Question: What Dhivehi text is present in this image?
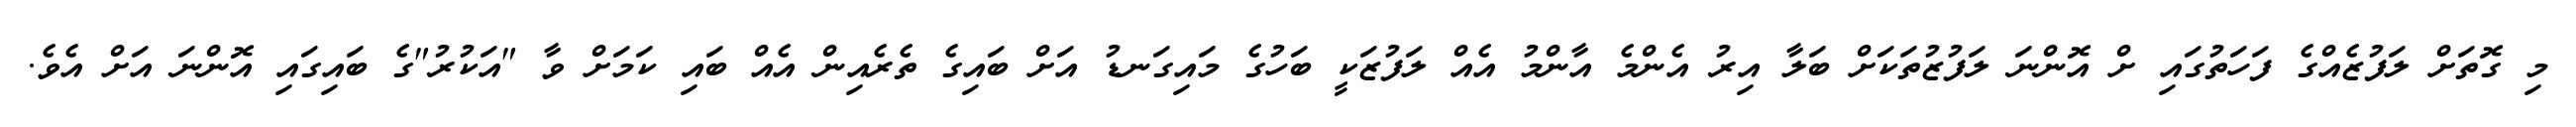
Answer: މި ގޮތަށް ލަފުޒެއްގެ ފަހަތުގައި ށް އޮންނަ ލަފުޒުތަކަށް ބަލާ އިރު އެންމެ އާންމު އެއް ލަފުޒަކީ ބަހުގެ މައިގަނޑު އަށް ބައިގެ ތެރެއިން އެއް ބައި ކަމަށް ވާ "އަކުރު"ގެ ބައިގައި އޮންނަ އަށް އެވެ.